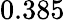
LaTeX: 0.385